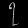
Digit: ၇